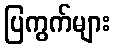
ပြကွက်များ